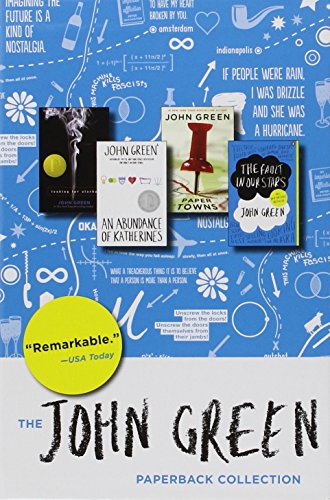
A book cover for John Green Box Set; John Green; Teen & Young Adult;